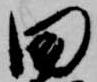
田